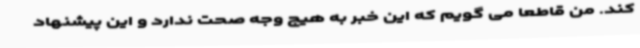
کند. من قاطعا می گویم که این خبر به هیچ وجه صحت ندارد و این پیشنهاد